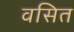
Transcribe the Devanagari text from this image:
वसित